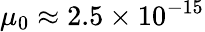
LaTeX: \mu_{0}\approx 2.5\times 10^{-15}